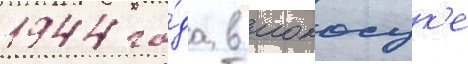
1944 го́да в иокосук'е